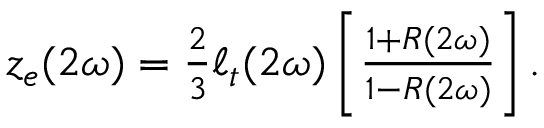
\begin{array} { r } { z _ { e } ( 2 \omega ) = \frac { 2 } { 3 } \ell _ { t } ( 2 \omega ) \left[ \frac { 1 + R ( 2 \omega ) } { 1 - R ( 2 \omega ) } \right] . } \end{array}